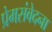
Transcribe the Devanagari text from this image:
प्रेमसंवेदना